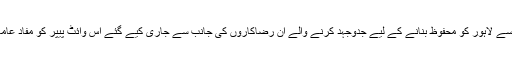
اورنج لائن میٹرو منصوبے کے تباہ کن اثرات سے لاہور کو محفوظ بنانے کے لیے جدوجہد کرنے والے ان رضاکاروں کی جانب سے جاری کیے گئے اس وائٹ پیپر کو مفاد عامہ کی غرض سے لالٹین پر شائع کیا جا رہا ہے۔